Vaccination in Bombay 1874-1876 - 1874-1876
Year: 1874
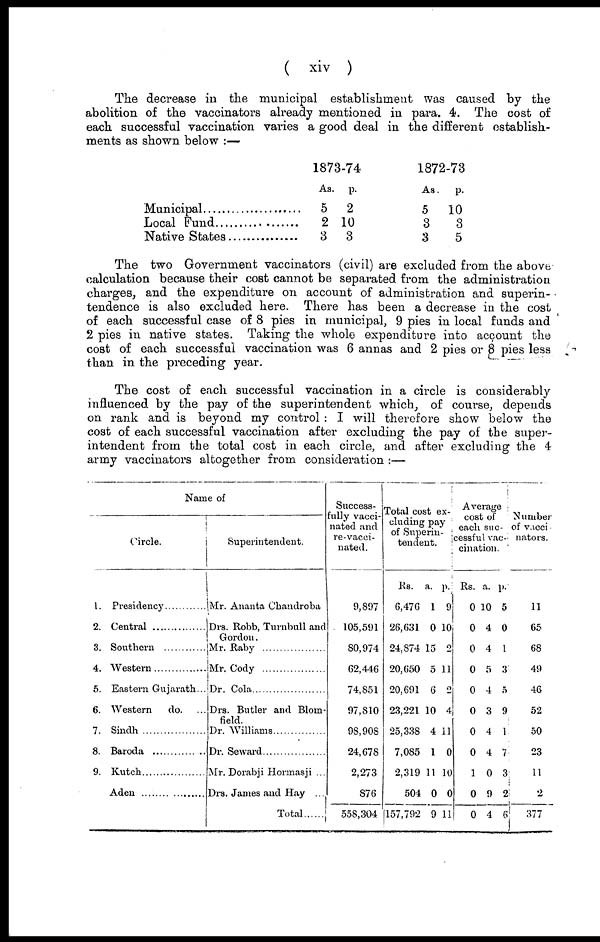
( xiv )
The decrease in the municipal establishment was caused by the
abolition of the vaccinators already mentioned in para. 4. The cost of
each successful vaccination varies a good deal in the different establish-
ments as shown below :—
Municipal........................
Local Fund .....................
Native States..................
1873-74
As.
5
2
3
p.
2
10
3
1872-73
As.
5
3
3
p.
10
3
5
The two Government vaccinators (civil) are excluded from the above
calculation because their cost cannot be separated from the administration
charges, and the expenditure on account of administration and superin-
tendence is also excluded here. There has been a decrease in the cost
of each successful case of 8 pies in municipal, 9 pies in local funds and
2 pies in native states. Taking the whole expenditure into account the
cost of each successful vaccination was 6 annas and 2 pies or 8 pies less
than in the preceding year.
The cost of each successful vaccination in a circle is considerably
influenced by the pay of the superintendent which, of course, depends
on rank and is beyond my control : I will therefore show below the
cost of each successful vaccination after excluding the pay of the super-
intendent from the total cost in each circle, and after excluding the 4
army vaccinators altogether from consideration :—
Name of
Circle.
1. Presidency
2.Central.....................
3. Southern
4.Western..................
5. Eastern Gujarath...
6. Western
do. ...
7. Sindh
8. Baroda.................
9. Kutch
Aden .......................
Superintendent.
Mr. Ananta Chandroba
Drs. Robb, Turnbull and
Gordon.
Mr. Raby
Mr. Cody
Dr. Cola
Drs. Butler and Blom-
field.
Dr. Williams
Dr. Seward
Mr. Dorabji Hormasji ...
Drs. James and Hay ...
Total......
Success-
fully vacci-
nated and
re-vacci-
nated.
9,897
105,591
80,974
62,446
74,851
97,810
98,908
24,678
2,273
876
558,304
Total cost ex-
cluding pay
of Superin-
tendent.
Rs.
6,476
26,631
24,874
20,650
20,691
23,221
25,338
7,085
2,319
504
157,792
a.
1
0
15
5
6
10
4
1
11
0
9
p.
9
10
2
11
2
4
11
0
10
0
11
Average
cost of
each suc-
cessful vac-
cination.
Rs.
0
0
0
0
0
0
0
0
1
0
0
a.
10
4
4
5
4
3
4
4
0
9
4
p.
5
0
1
3
5
9
1
7
3
2
6
Number
of vacci
nators.
11
65
68
49
46
52
50
23
11
2
377